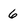
Character: 6